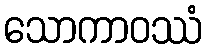
သောကာဝဿံ